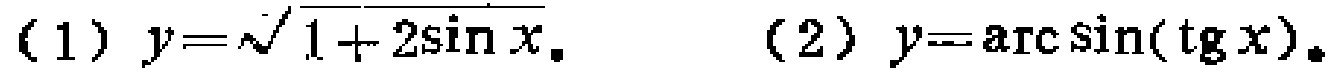
（1）\(y = \sqrt{1 + 2\sin x}\)。（2）\(y=\arcsin(\tg x)\)。